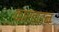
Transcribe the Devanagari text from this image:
कारबाइन